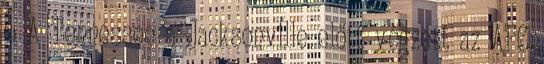
c: A Tennessee a Jacksonville előtt végzett az AFC